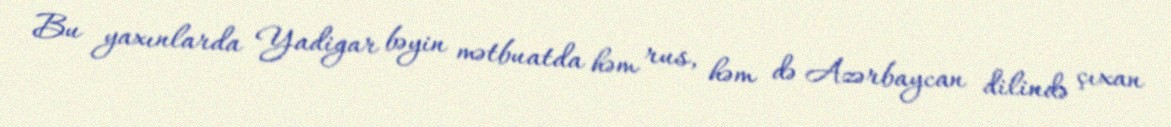
Bu yaxınlarda Yadigar bəyin mətbuatda həm rus, həm də Azərbaycan dilində çıxan